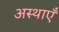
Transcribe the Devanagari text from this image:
अस्थाएँ